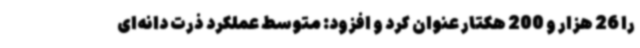
را 26 هزار و 200 هکتار عنوان کرد و افزود: متوسط عملکرد ذرت دانه‌ای